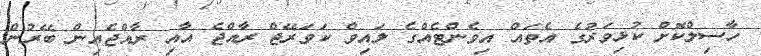
ހާސިލްކޮށް ކުޅިވަރުގެ އެތައް އިވެންޓެއްގެ ލައިވް ކަވަރޭޖް ރާއްޖެ އާއި ރާއްޖެއިން ބޭރުން